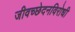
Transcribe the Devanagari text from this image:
जीवच्छेदनविरोधी